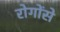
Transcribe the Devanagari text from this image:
रोगोंसे